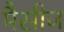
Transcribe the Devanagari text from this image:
मैसीज